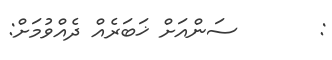
:       ސަންއަށް ޚަބަރެއް ދެއްވުމަށް: